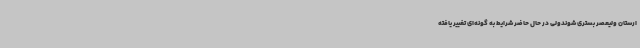
ارستان ولیعصر بستری شوندولی در حال حاضر شرایط به گونه‌ای تغییر یافته